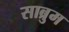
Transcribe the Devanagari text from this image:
साब्रुम